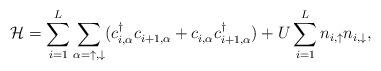
LaTeX: \begin{align*}\mathcal{H} = \sum_{i=1}^L \sum_{\alpha = \uparrow,\downarrow}(c^\dag_{i,\alpha} c^{}_{i+1,\alpha} + c^{}_{i,\alpha} c^\dag_{i+1,\alpha}) +U \sum_{i=1}^L n_{i,\uparrow}n_{i,\downarrow},\end{align*}